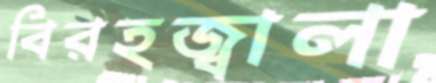
বিরহজ্বালা